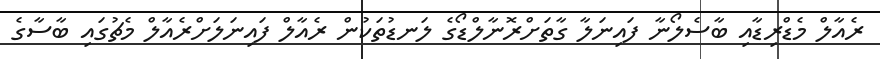
ރެއާލް މެޑްރިޑާއި ބާސެލޯނާ ފައިނަލާ ގާތަށްރޮނާލްޑޯގެ ލަނޑުތަކުން ރެއާލް ފައިނަލަށްރެއާލް މެޗުގައި ބާސާގެ